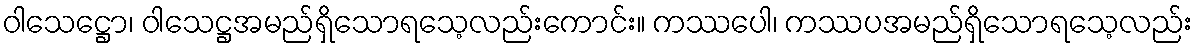
ဝါသေဋ္ဌော၊ ဝါသေဋ္ဌအမည်ရှိသောရသေ့လည်းကောင်း။ ကဿပေါ၊ ကဿပအမည်ရှိသောရသေ့လည်း